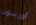
أورسون